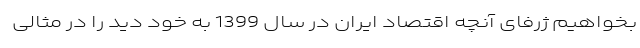
بخواهیم ژرفای آنچه اقتصاد ایران در سال 1399 به خود دید را در مثالی